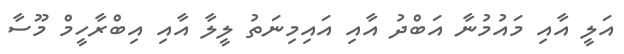
އަލީ އާއި މައުމުނާ އަބްދު އާއި އައިމިނަތު ލީލާ އާއި އިބްރާހީމް މޫސާ